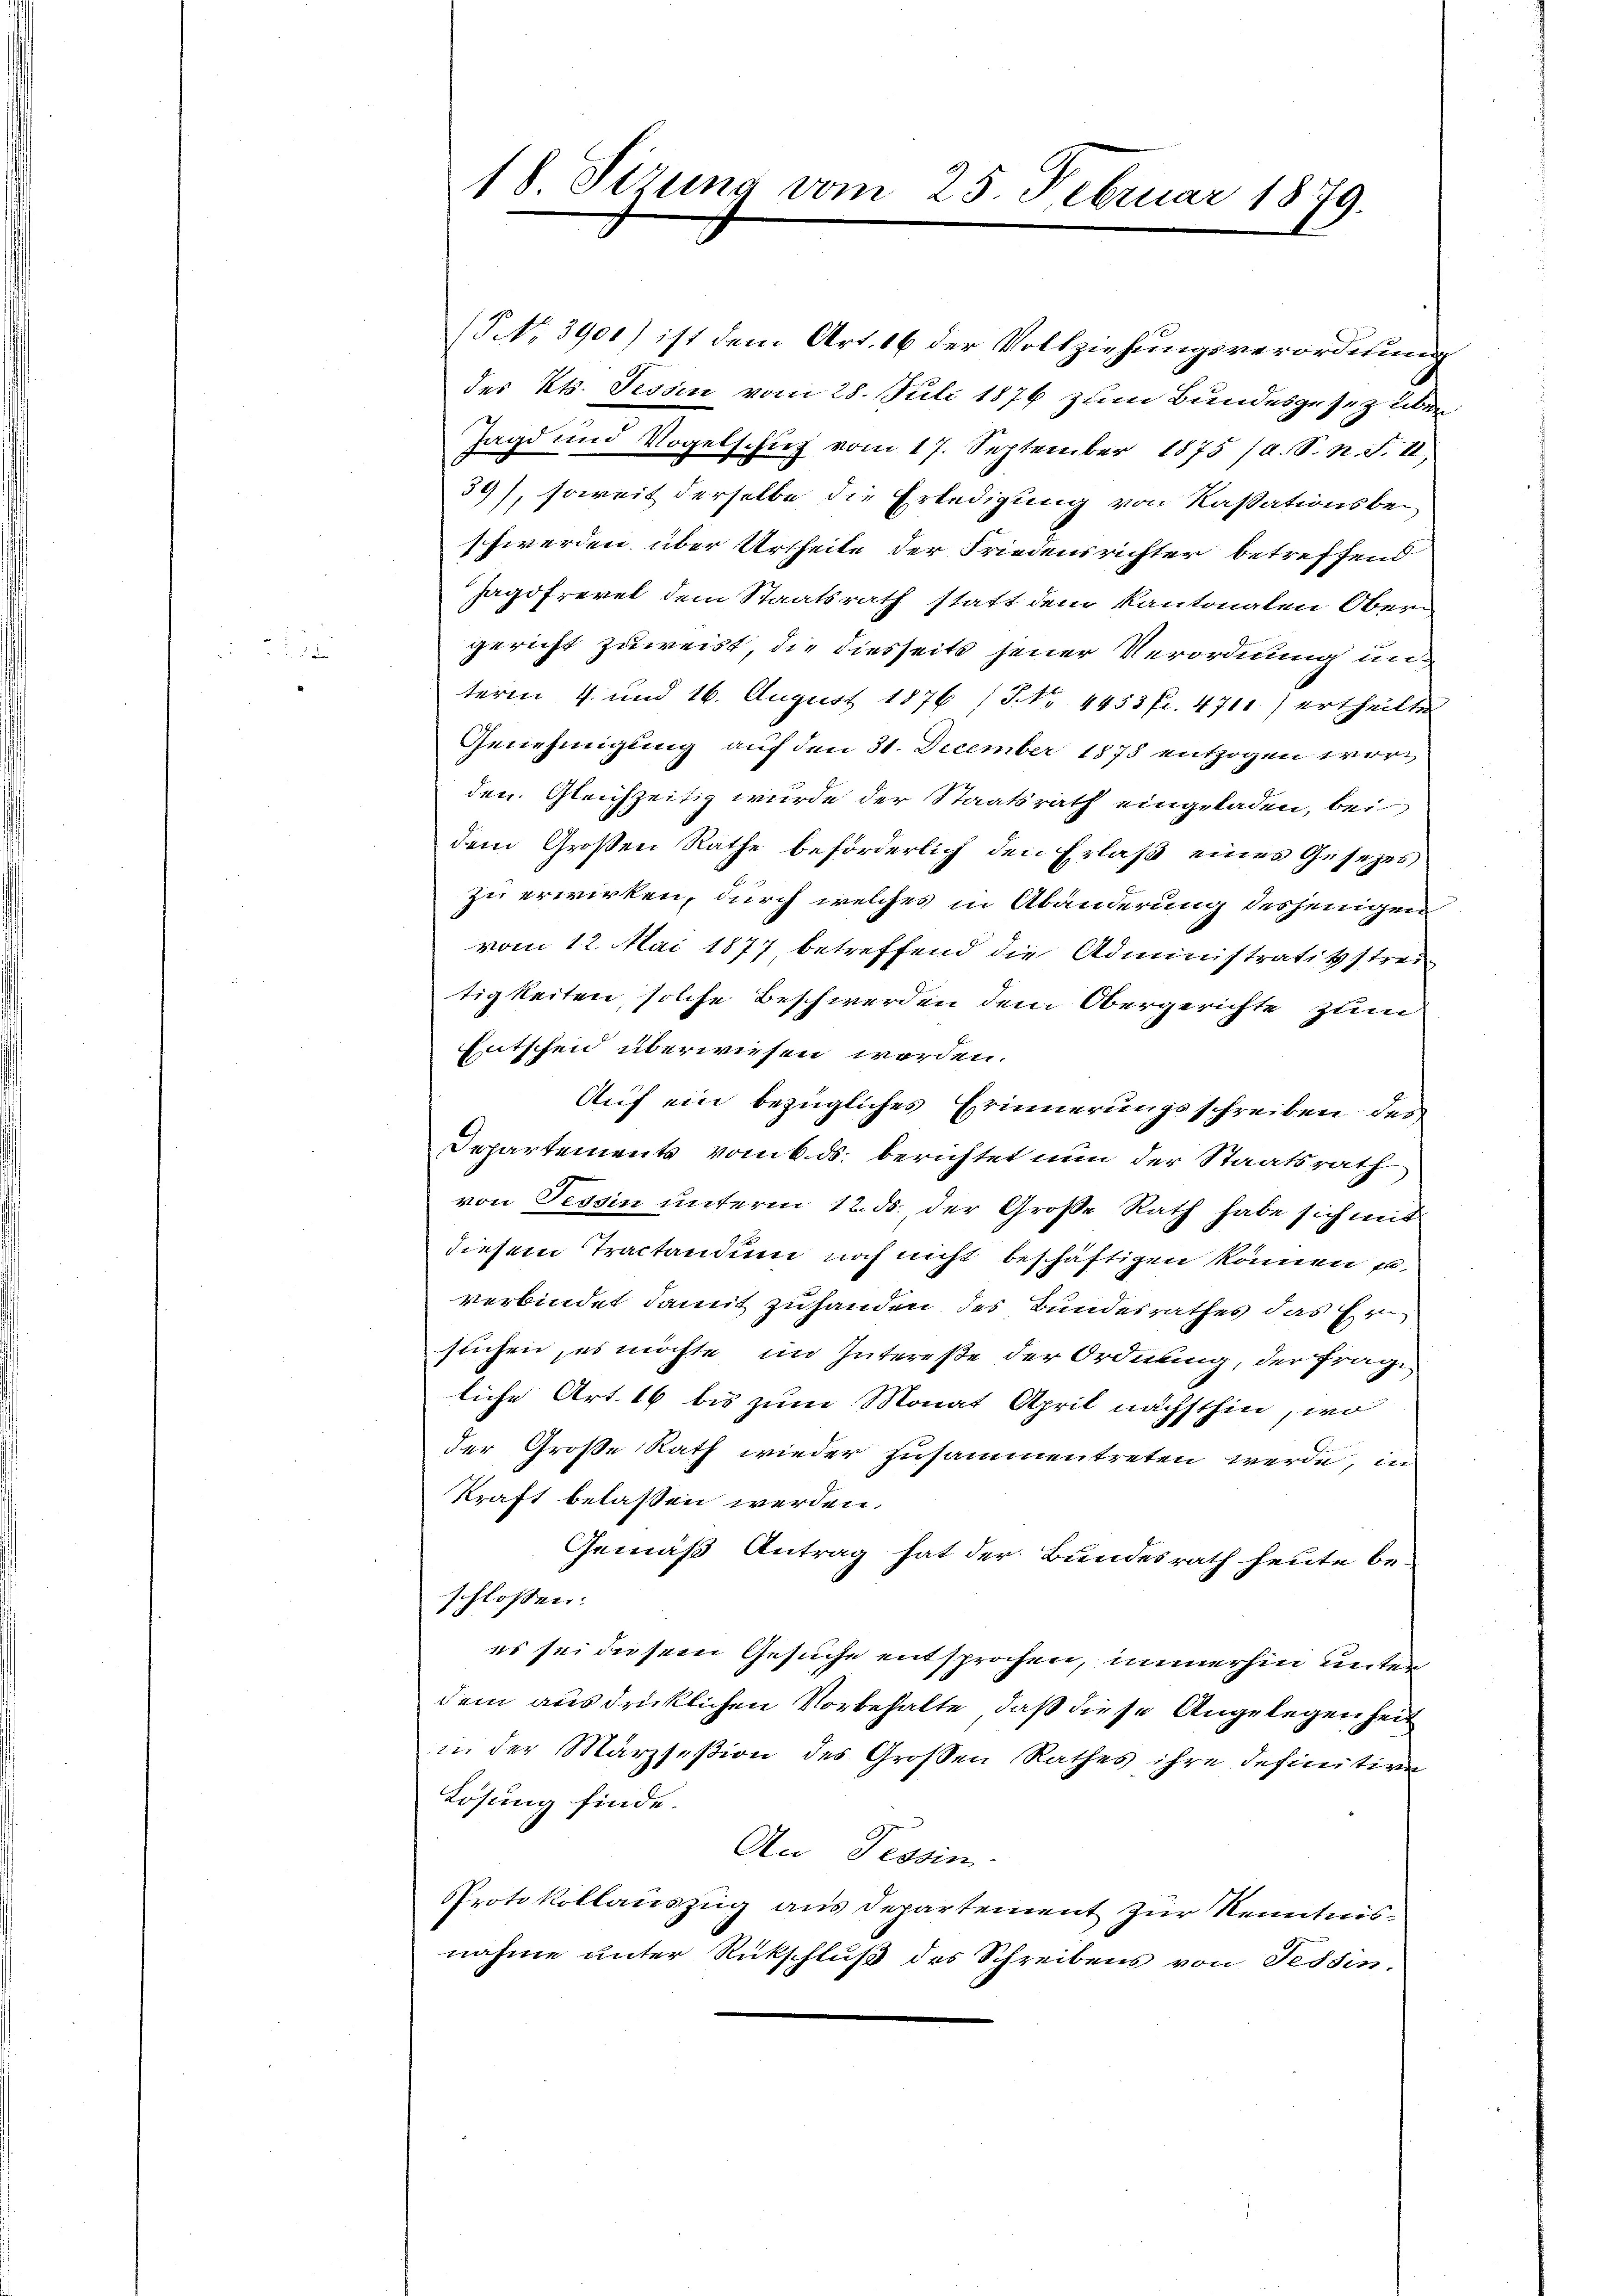
18 Sirung vom 25. Februar 1879.

(No. 3901) ist dem Art. 16 der Vollziehungsverordnung
des Kts. Tessin vom 28. Juli 1876 zum Bundesgesetz über
Jagd und Vogelschuß vom 17. September 1875 (a. S. n. F. II.
39), soweit derselbe die Erledigung von Kassationsbeschwerden über Urtheile der Friedensrichter betreffend
Jagdfrevel dem Staatsrath statt dem Kantonalen Obern
gericht zuweist, die diesseite jener Verordnung unterm 4. und 16. August 1876 (NNNo. 4453 fr. 4711) ertheilte
Genehmigung auf den 31. December 1878 entzogen word
den. Gleichzeitig wurde der Staatsrath eingeladen, bei
dem Großen Rathe beförderlich den Erlaß eines Gesezes
zu erwirken, durch welches in Abänderung desjenigen
vom 12. Mai 1877 betreffend die Administratitstreitigkeiten, solche Beschwerden dem Obergerichte zum
Entscheid überwiesen werden.
Auf ein bezügliches Erinnerungsschreiben des
Departements vom 6. ds. berichtet nun der Staatsrath
von Tessin unterm 12. ds., der Große Rath habe sich mit
diesem Tractandum noch nicht beschäftigen können
verbindet damit zuhanden des Bundesrathes das Er
suchen, es möchte im Intereße der Ordnung, der fragliche Art 16 bis zum Monat April nächsthin, wo
der Große Rath wieder zusammentreten werde, in
kraft belassen werden.
Gemäß Antrag hat der Bundesrath heute beschlossen:
es sei diesem Gesuche entsprochen, immerhin unterdem ausdrücklichen Vorbehalte, daß diese Angelegenheit
in der Märzseßion des Großen Rathes ihre definitive
Lösung finde.
An Tessin.
Protokollauszug aus Departement zur Kenntnisnahme unter Rückschluß des Schreibens von Fessen.